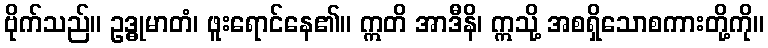
ဗိုက်သည်။ ဥဒ္ဓုမာတံ၊ ဖူးရောင်နေ၏။ ဣတိ အာဒီနိ၊ ဣသို့ အစရှိသောစကားတို့ကို။